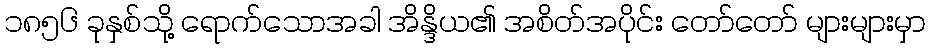
၁၈၅၆ ခုနှစ်သို့ ရောက်သောအခါ အိန္ဒိယ၏ အစိတ်အပိုင်း တော်တော် များများမှာ